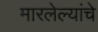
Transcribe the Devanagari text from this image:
मारलेल्यांचे